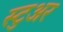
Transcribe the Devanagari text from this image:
स्टुअर